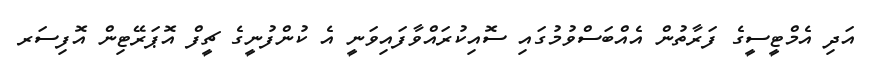
އަދި އެމްޓީސީގެ ފަރާތުން އެއްބަސްވުމުގައި ސޮއިކުރައްވާފައިވަނީ އެ ކުންފުނީގެ ޗީފް އޮޕަރޭޓިން އޮފިސަރ